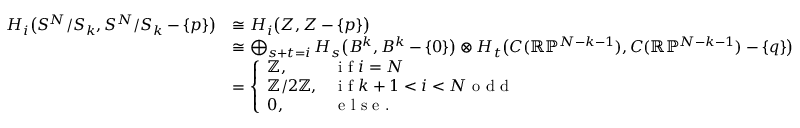
\begin{array} { r l } { H _ { i } \big ( S ^ { N } / S _ { k } , S ^ { N } / S _ { k } - \{ p \} \big ) } & { \cong H _ { i } \big ( Z , Z - \{ p \} \big ) } \\ & { \cong \bigoplus _ { s + t = i } H _ { s } \big ( B ^ { k } , B ^ { k } - \{ 0 \} \big ) \otimes H _ { t } \big ( C ( \mathbb { R } \mathbb { P } ^ { N - k - 1 } ) , C ( \mathbb { R } \mathbb { P } ^ { N - k - 1 } ) - \{ q \} \big ) } \\ & { = \left\{ \begin{array} { l l } { \mathbb { Z } , } & { \textrm { i f } i = N } \\ { \mathbb { Z } / 2 \mathbb { Z } , } & { \textrm { i f } k + 1 < i < N \textrm { o d d } } \\ { 0 , } & { \textrm { e l s e . } } \end{array} \right. } \end{array}